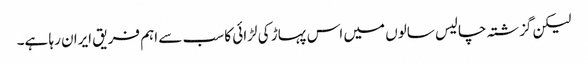
لیکن گزشتہ چالیس سالوں میں اس پہاڑ کی لڑائی کا سب سے اہم فریق ایران رہا ہے۔